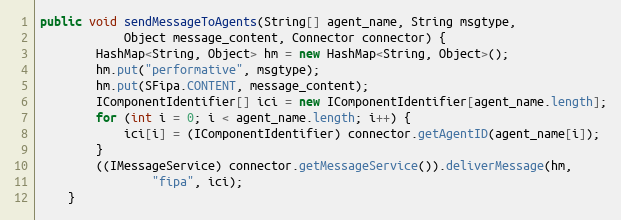
Language: Java
public void sendMessageToAgents(String[] agent_name, String msgtype,
            Object message_content, Connector connector) {
        HashMap<String, Object> hm = new HashMap<String, Object>();
        hm.put("performative", msgtype);
        hm.put(SFipa.CONTENT, message_content);
        IComponentIdentifier[] ici = new IComponentIdentifier[agent_name.length];
        for (int i = 0; i < agent_name.length; i++) {
            ici[i] = (IComponentIdentifier) connector.getAgentID(agent_name[i]);
        }
        ((IMessageService) connector.getMessageService()).deliverMessage(hm,
                "fipa", ici);
    }